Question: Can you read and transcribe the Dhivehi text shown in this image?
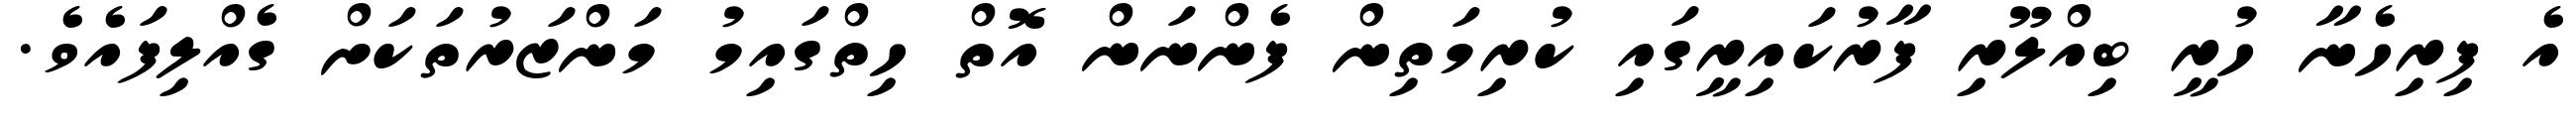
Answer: އެ ފިރިހެނާ ހުރީ ބިއްލޫރި ފާރުކައިރީގައި ކުރިމަތިން ފެންނަން އޮތް ހިތްގައިމު މަންޒަރުތަކަށް ގެއްލިފައެވެ.